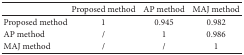
|  | Proposed method | AP method | MAJ method |
 | --- | --- | --- | --- |
 | Proposed method | 1 | 0.945 | 0.982 |
 | AP method | / | 1 | 0.986 |
 | MAJ method | / | / | 1 |